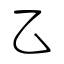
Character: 乙